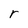
Character: r